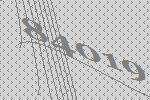
84019